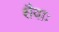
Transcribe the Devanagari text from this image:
शैवाः